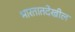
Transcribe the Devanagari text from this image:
भारतातदेखील